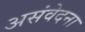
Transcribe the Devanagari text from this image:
असंवेदना